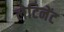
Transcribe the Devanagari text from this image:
लेटिनेंट